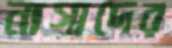
নাগাদের